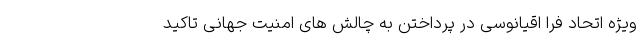
ویژه اتحاد فرا اقیانوسی در پرداختن به چالش های امنیت جهانی تاکید